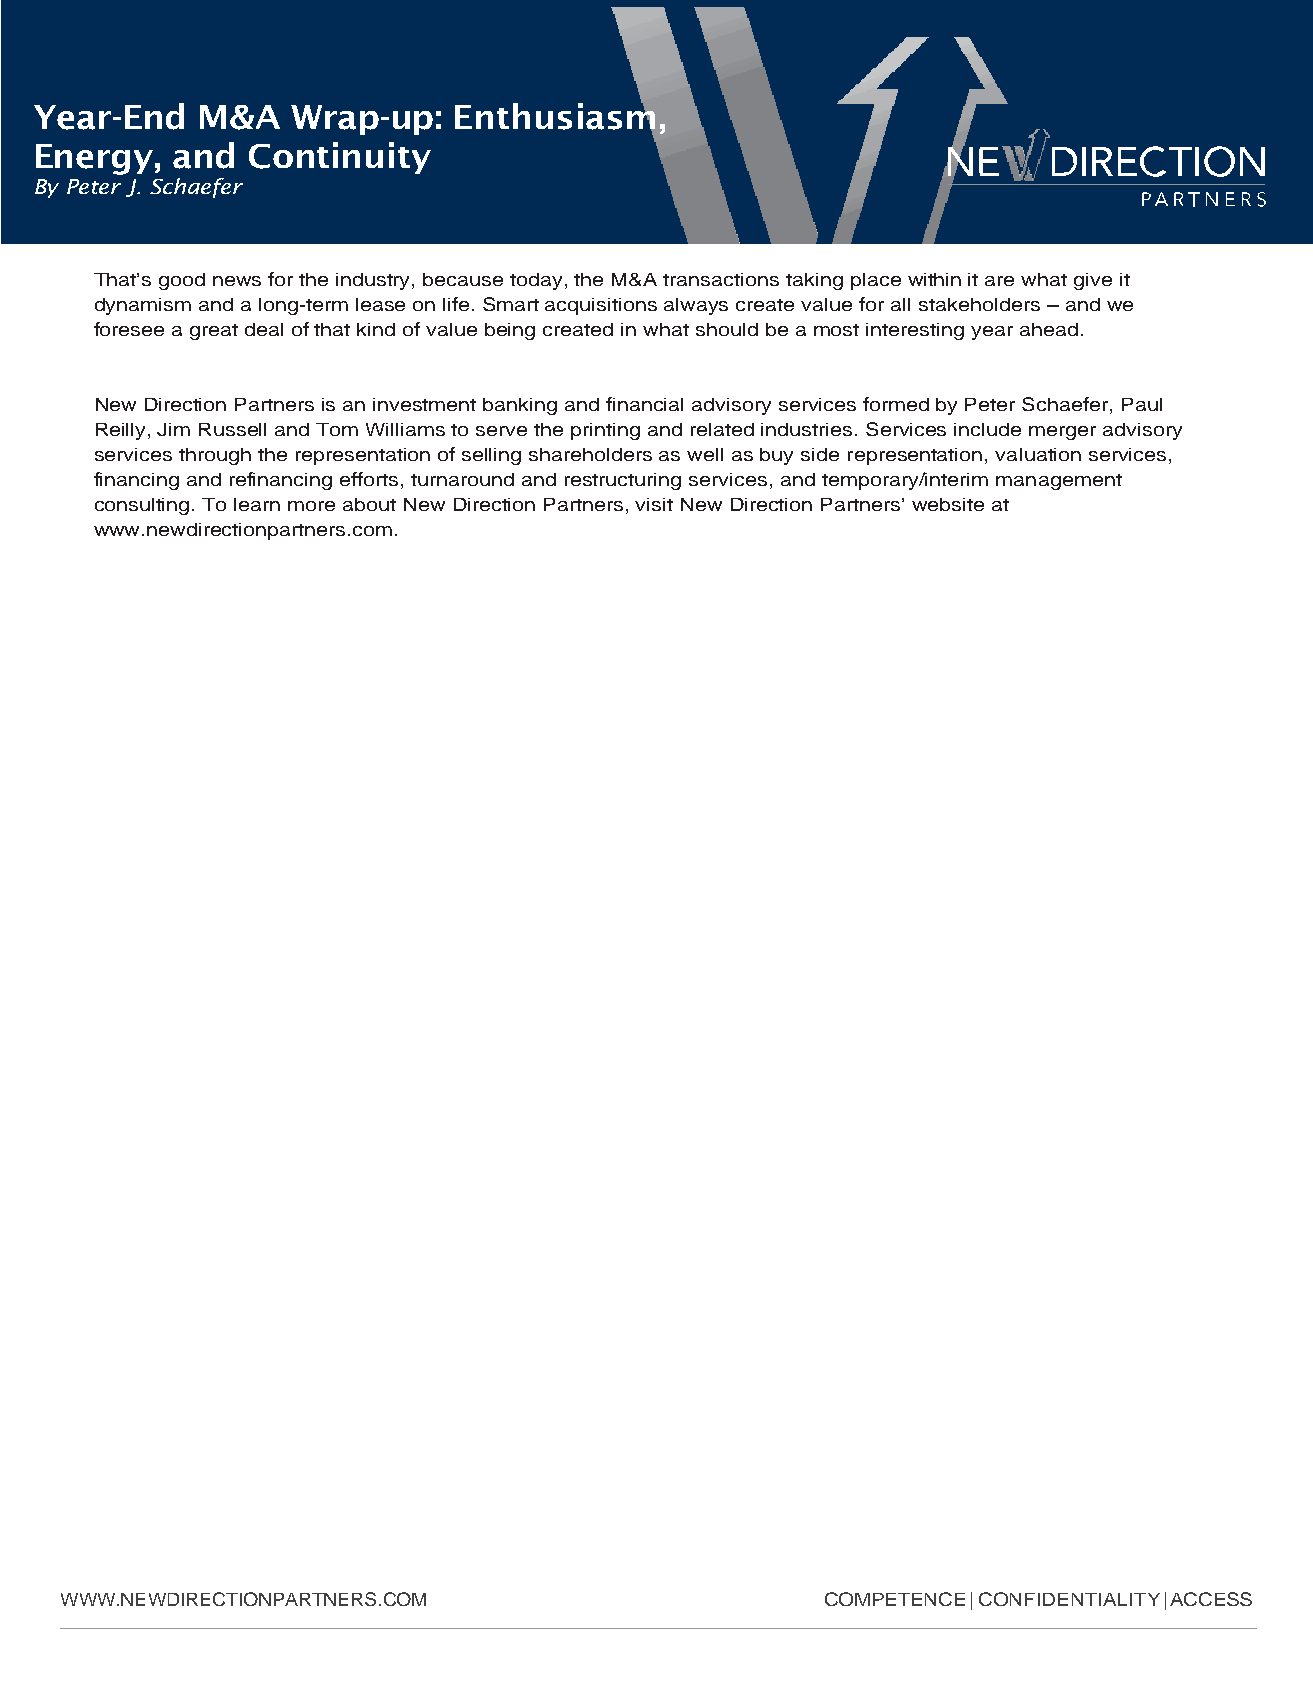
Year-End   M&A   Wrap-up:   Enthusiasm,
 Energy,  and  Continuity
 By Peter J. Schaefer
 That’s good news for the industry, because today, the M&A transactions taking place within it are what give it
 dynamism and a long-term lease on life. Smart acquisitions always create value for all stakeholders – and we
 foresee a great deal of that kind of value being created in what should be a most interesting year ahead.
 New Direction Partners is an investment banking and financial advisory services formed by Peter Schaefer, Paul
 Reilly, Jim Russell and Tom Williams to serve the printing and related industries. Services include merger advisory
 services through the representation of selling shareholders as well as buy side representation, valuation services,
 financing and refinancing efforts, turnaround and restructuring services, and temporary/interim management
 consulting. To learn more about New Direction Partners, visit New Direction Partners’ website at
 www.newdirectionpartners.com.
 WWW.NEWDIRECTIONPARTNERS.COM                       COMPETENCE | CONFIDENTIALITY | ACCESS